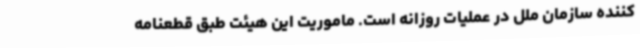
کننده سازمان ملل در عملیات روزانه است. ماموریت این هیئت طبق قطعنامه